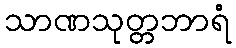
သာဏသုတ္တဘာရံ